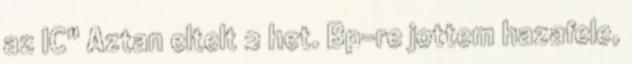
az IC" Aztan eltelt 2 het. Bp-re jottem hazafele,